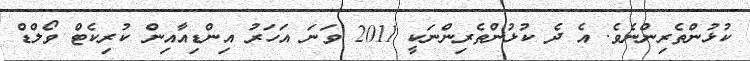
ކުޅުންތެރިންނެވެ. އެ ދެ ކުޅުންތެރިންނަކީ 2011 ވަނަ އަހަރު އިންޑިއާއިން ކުރިކެޓް ވޯލްޑް